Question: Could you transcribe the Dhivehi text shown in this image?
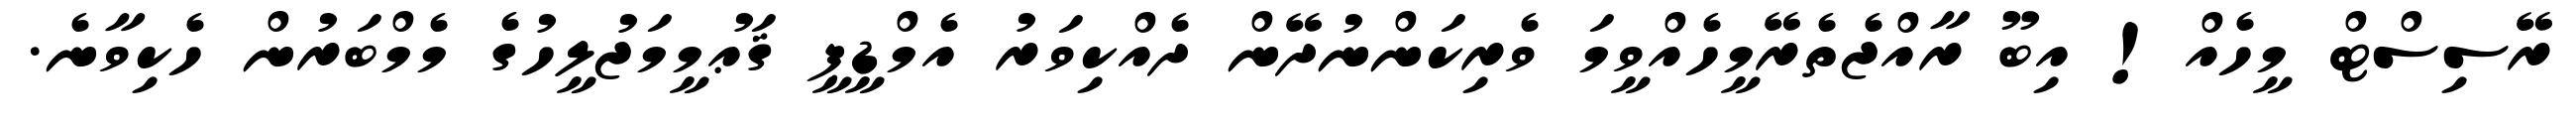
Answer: ރޭސިސްޓް މީހެއް! އިބޫ ރާއްޖެތެރޭމީހެއްވީމަ ވެރިކަންނުދޭން ދެއްކިވަރު އެމްޑީޕީ ޤަޢުމީމަޖުލީހުގެ މެމްބަރުން ހެކިވާނެ.